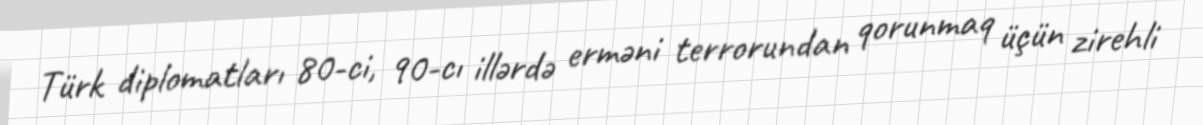
Türk diplomatları 80-ci, 90-cı illərdə erməni terrorundan qorunmaq üçün zirehli